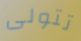
تتولى